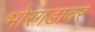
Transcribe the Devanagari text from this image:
भोरगडावर